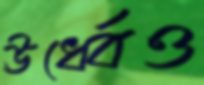
ঊর্ধ্বেও